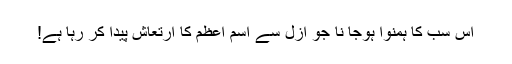
اُس سب کا ہمنوا ہوجا نا جو ازل سے اسمِ اعظم کا ارتعاش پیدا کر رہا ہے!